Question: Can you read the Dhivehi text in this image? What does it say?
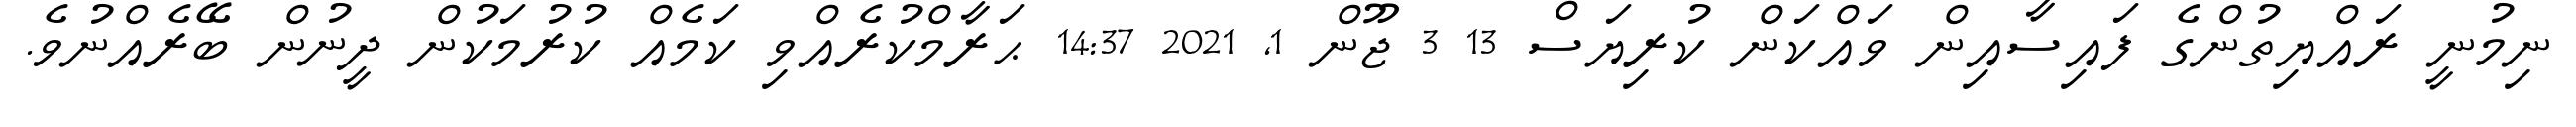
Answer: ނިމުނީ ރައްޔިތުންގެ ފައިސާއިން ވައްކަން ކުރިޔަސް 13 3 ޖޫން 1, 2021 14:37 ޙަރާމްކުރެއްވި ކަމެއް ކުރުމަކުން ދީނުން ބޭރެއްނުވެ.